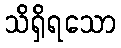
သိရှိရသော